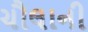
ચૌલાની